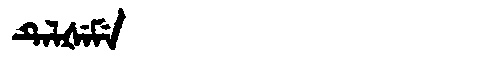
Manchu: ᡨᡝᠯᡧᡝᠮᡝ
Romanization: TELŠEME